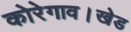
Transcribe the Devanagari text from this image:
कोरेगाव।खेड